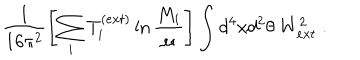
\frac { 1 } { 1 6 \pi ^ { 2 } } \left[ \sum _ { i } T _ { i } ^ { ( e x t ) } \ln \frac { M _ { i } } { \mu } \right] \int d ^ { 4 } x d ^ { 2 } \theta ~ W _ { e x t } ^ { 2 } \; .